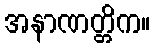
အနာဏတ္တိက။